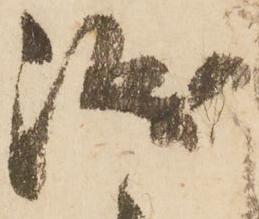
誠